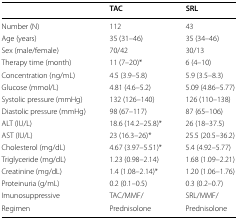
<table><thead><tr><td></td><td><b>TAC</b></td><td><b>SRL</b></td></tr></thead><tbody><tr><td>Number (N)</td><td>112</td><td>43</td></tr><tr><td>Age (years)</td><td>35 (31–46)</td><td>35 (34–46)</td></tr><tr><td>Sex (male/female)</td><td>70/42</td><td>30/13</td></tr><tr><td>Therapy time (month)</td><td>11 (7–20)*</td><td>6 (4–10)</td></tr><tr><td>Concentration (ng/mL)</td><td>4.5 (3.9–5.8)</td><td>5.9 (3.5–8.3)</td></tr><tr><td>Glucose (mmol/L)</td><td>4.81 (4.6–5.2)</td><td>5.09 (4.86–5.77)</td></tr><tr><td>Systolic pressure (mmHg)</td><td>132 (126–140)</td><td>126 (110–138)</td></tr><tr><td>Diastolic pressure (mmHg)</td><td>98 (67–117)</td><td>87 (65–106)</td></tr><tr><td>ALT (IU/L)</td><td>18.6 (14.2–25.8)*</td><td>26 (18–37.5)</td></tr><tr><td>AST (IU/L)</td><td>23 (16.3–26)*</td><td>25.5 (20.5–36.2)</td></tr><tr><td>Cholesterol (mg/dL)</td><td>4.67 (3.97–5.51)*</td><td>5.4 (4.92–5.77)</td></tr><tr><td>Triglyceride (mg/dL)</td><td>1.23 (0.98–2.14)</td><td>1.68 (1.09–2.21)</td></tr><tr><td>Creatinine (mg/dL)</td><td>1.4 (1.08–2.14)*</td><td>1.20 (1.06–1.76)</td></tr><tr><td>Proteinuria (g/mL)</td><td>0.2 (0.1–0.5)</td><td>0.3 (0.2–0.7)</td></tr><tr><td>Imunosuppressive</td><td>TAC/MMF/</td><td>SRL/MMF/</td></tr><tr><td>Regimen</td><td>Prednisolone</td><td>Prednisolone</td></tr></tbody></table>